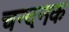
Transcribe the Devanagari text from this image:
चन्दनक